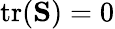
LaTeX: \textrm{tr}(\mathbf{S})=0